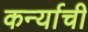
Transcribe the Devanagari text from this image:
कर्न्याची